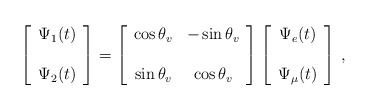
\begin{align*}\left[\begin{array}{cc} \Psi_1(t) \\ \\ \Psi_2(t) \end{array}\right]=\left[\begin{array}{cc}\cos{\theta_v} & -\sin{\theta_v} \\ \\\sin{\theta_v} & \cos{\theta_v}\end{array}\right]\left[\begin{array}{cc} \Psi_e(t) \\ \\ \Psi_{\mu}(t) \end{array}\right]\,,\end{align*}